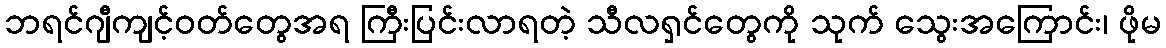
ဘရင်ဂျီကျင့်ဝတ်တွေအရ ကြီးပြင်းလာရတဲ့ သီလရှင်တွေကို သုက် သွေးအကြောင်း၊ ဖိုမ